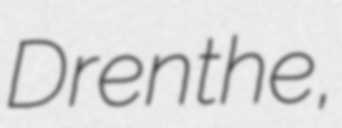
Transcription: Drenthe,